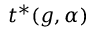
t ^ { * } ( g , \alpha )